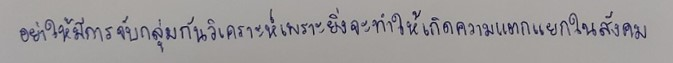
อย่าให้มีการจับกลุ่มกันวิเคราะห์เพราะยิ่งจะทำให้เกิดความแตกแยกในสังคม